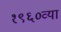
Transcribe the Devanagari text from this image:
१९६०व्या